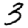
Digit: 3